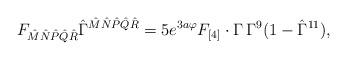
LaTeX: \begin{align*}F_{{\hat M}{\hat N}{\hat P}{\hat Q}{\hat R}}{\hat \Gamma}^{{\hat M}{\hat N}{\hat P}{\hat Q}{\hat R}}=5e^{3a\varphi}F_{[4]}\cdot\Gamma\,\Gamma^9(1-\hat\Gamma^{11}),\end{align*}